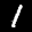
Label: 1